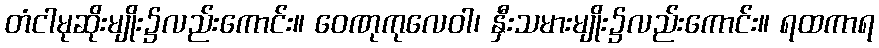
တံငါမုဆိုးမျိုး၌လည်းကောင်း။ ဝေဏုကုလေဝါ၊ နှီးသမားမျိုး၌လည်းကောင်း။ ရထကာရ